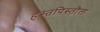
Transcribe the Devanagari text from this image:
हस्तपिस्तौल